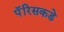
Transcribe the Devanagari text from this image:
पॅरिसकडे